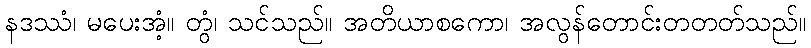
နဒဿံ၊ မပေးအံ့။ တွံ၊ သင်သည်။ အတိယာစကော၊ အလွန်တောင်းတတတ်သည်။